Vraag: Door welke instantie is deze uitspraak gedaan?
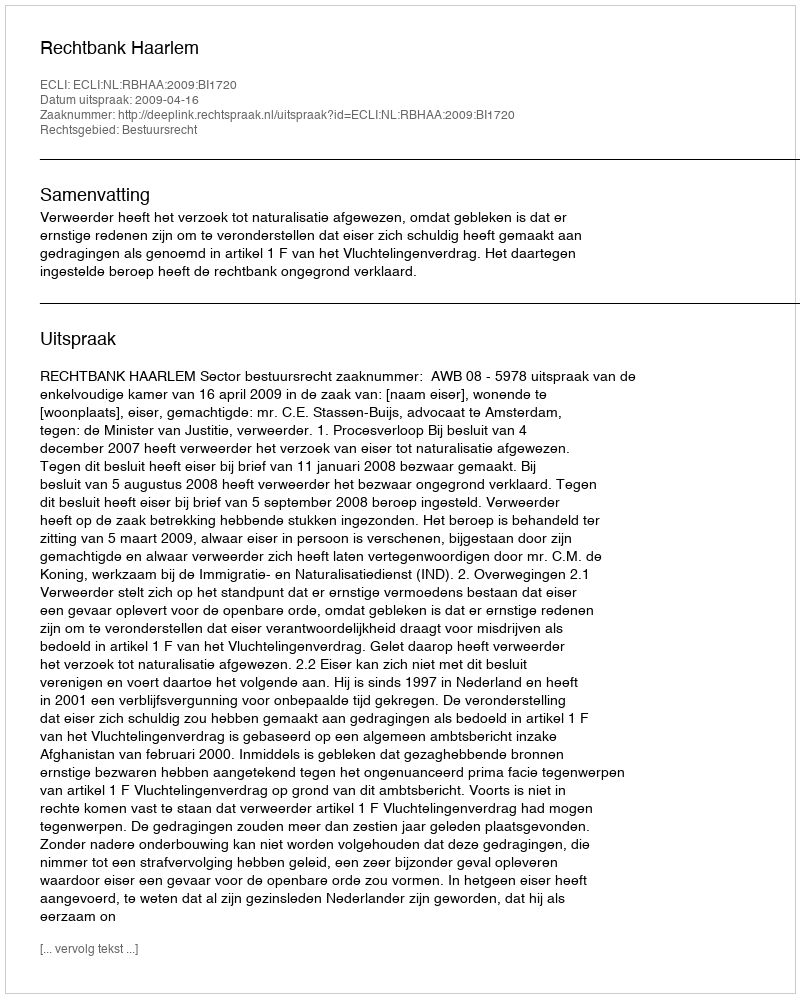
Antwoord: Rechtbank Haarlem